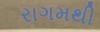
રાગમથી